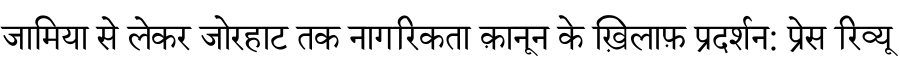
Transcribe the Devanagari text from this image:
जामिया से लेकर जोरहाट तक नागरिकता क़ानून के ख़िलाफ़ प्रदर्शन: प्रेस रिव्यू